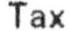
TAX